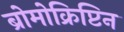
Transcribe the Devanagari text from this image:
ब्रोमोक्रिप्टिन